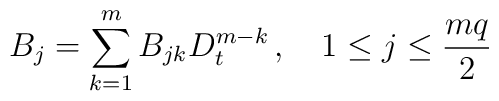
B_j=\sum_{k=1}^m B_{jk} D_t ^{m-k}\,,\quad 1\leq j\leq \frac{m q}{2}